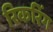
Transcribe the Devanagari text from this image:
रिकरिंग